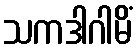
သကဒါဂါမိံ